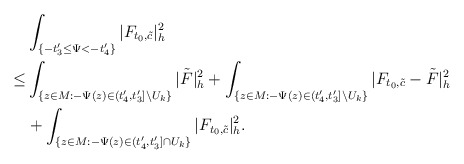
\begin{align*}&\int_{ \{-t'_3\le\Psi<-t'_4\}}|F_{t_0,\tilde{c}}|^2_h\\\le & \int_{\{z\in M:-\Psi(z)\in (t'_4,t'_3]\backslash U_k\}}|\tilde F|^2_h+\int_{\{z\in M:-\Psi(z)\in (t'_4,t'_3]\backslash U_k\}}|F_{t_0,\tilde{c}}-\tilde F|^2_h\\&+\int_{ \{z\in M: -\Psi(z)\in(t'_4,t'_3]\cap U_k\}}|F_{t_0,\tilde{c}}|^2_h.\end{align*}